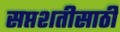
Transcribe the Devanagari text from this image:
सप्तशतीसाठी